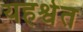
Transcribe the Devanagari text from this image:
यहश्वेत